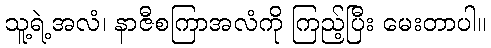
သူ့ရဲ့အလံ၊ နာဇီစကြာအလံကို ကြည့်ပြီး မေးတာပါ။